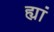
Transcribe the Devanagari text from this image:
ह्यां